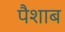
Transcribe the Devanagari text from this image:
पैशाब